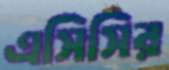
এসিসির